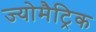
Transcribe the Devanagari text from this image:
ज्योमैट्रिक